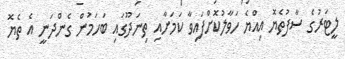
ލީޓަރުގެ ސާފުތެޔޮ އިއްޔެ ހަވާލުކޮށްފައިވާ ކަމަށާއި ތިނަދޫގައި ބަހަމުން ގެންދަނީ އެ ތެޔޮ